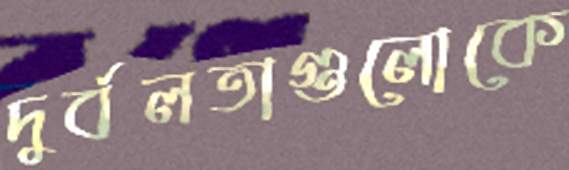
দুর্বলতাগুলোকে